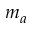
m _ { a }